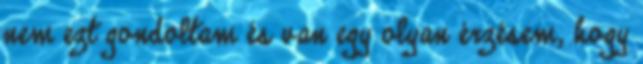
nem ezt gondoltam és van egy olyan érzésem, hogy